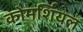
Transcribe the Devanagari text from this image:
कोमर्शियल